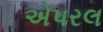
એપરલ